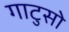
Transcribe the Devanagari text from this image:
गाटुसो